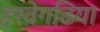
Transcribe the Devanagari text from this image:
हरवेगढि़या